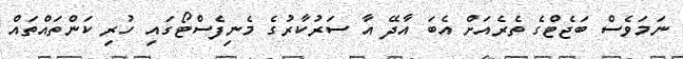
ނަމަވެސް ބަޖެޓްގެ ތެރެއަށް އެބަ އާދޭ އާ ސަރުކާރުގެ މެނިފެސްޓޯގައި ހުރި ކަންތައްތައް